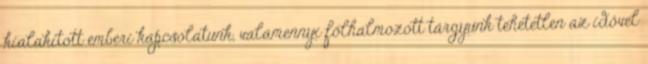
kialakított emberi kapcsolatunk, valamennyi fölhalmozott tárgyunk tehetetlen az idővel